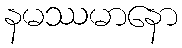
နမဿမာနော